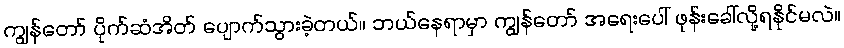
ကျွန်တော် ပိုက်ဆံအိတ် ပျောက်သွားခဲ့တယ်။ ဘယ်နေရာမှာ ကျွန်တော် အရေးပေါ် ဖုန်းခေါ်လို့ရနိုင်မလဲ။